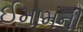
ઈમામની